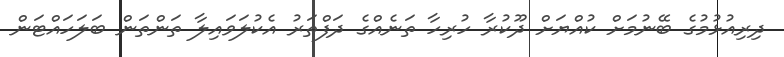
ދިރިއުޅުމުގެ ބޭނުމަށް ކުއްޔަށް ދޫކުރާ ހުރިހާ ތަނެއްގެ ދަފްތަރު އެކުލަވައިލާ ތަންތަން ބަލަހައްޓަން